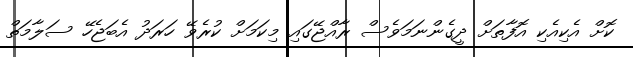
ކޮށް އެކިއެކި އޮފާތަށް ދީގެންނަމަވެސް ރާއްޖޭގައި މިކަމަށް ކުރެވޭ ހަރަދު އެބަޖެހޭ ސަލާމަތް